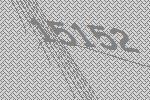
15152